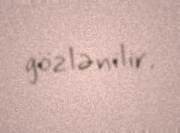
gözlənilir.